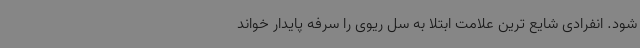
شود. انفرادی شایع ترین علامت ابتلا به سل ریوی را سرفه پایدار خواند